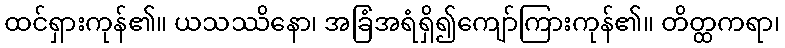
ထင်ရှားကုန်၏။ ယသဿိနော၊ အခြံအရံရှိ၍ကျော်ကြားကုန်၏။ တိတ္ထကရာ၊